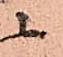
ニ